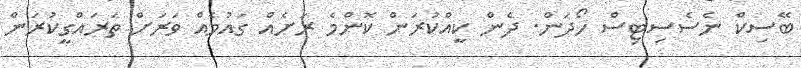
ބޭސިކް ނެސެސިޓިސް ހޯދަން. ދެން ކީއްކުރަން ކޮންމެ ރަށެއް ގައުމެއް ވަރަށް ތަރައްގީކުރަން